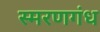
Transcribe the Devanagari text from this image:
स्मरणगंध